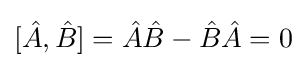
[{\hat {A}},{\hat {B}}]={\hat {A}}{\hat {B}}-{\hat {B}}{\hat {A}}=0